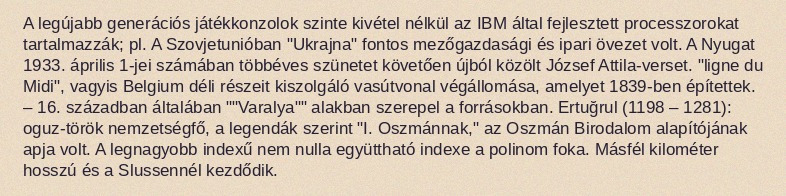
A legújabb generációs játékkonzolok szinte kivétel nélkül az IBM által fejlesztett processzorokat tartalmazzák; pl. A Szovjetunióban "Ukrajna" fontos mezőgazdasági és ipari övezet volt. A Nyugat 1933. április 1-jei számában többéves szünetet követően újból közölt József Attila-verset. "ligne du Midi", vagyis Belgium déli részeit kiszolgáló vasútvonal végállomása, amelyet 1839-ben építettek. – 16. században általában ""Varalya"" alakban szerepel a forrásokban. Ertuğrul (1198 – 1281): oguz-török nemzetségfő, a legendák szerint "I. Oszmánnak," az Oszmán Birodalom alapítójának apja volt. A legnagyobb indexű nem nulla együttható indexe a polinom foka. Másfél kilométer hosszú és a Slussennél kezdődik.